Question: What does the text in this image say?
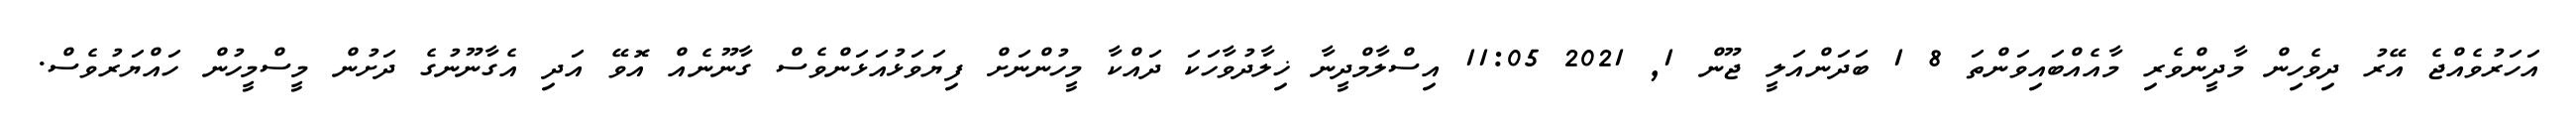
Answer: އަހަރުވެއްޖެ އޭރު ދިވެހިން މާދީންވެރި މާއެއްބައިވަންތަ 8 1 ބަދަންއަލީ ޖޫން 1, 2021 11:05 އިސްލާމްދީނާ ޚިލާދުވާހަކަ ދައްކާ މީހުންނަށް ފިޔަވަޅުއަޅަންވެސް ގާނޫނެއް އޮވޭ އަދި އެގާނޫނުގެ ދަށުން މީސްމީހުން ހައްޔަރުވެސް.